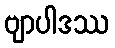
ဗျာပါဒဿ